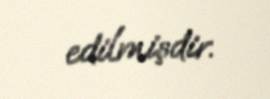
edilmişdir.